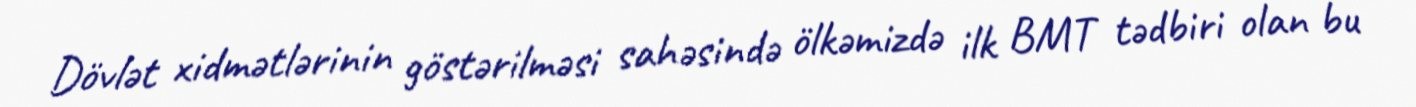
Dövlət xidmətlərinin göstərilməsi sahəsində ölkəmizdə ilk BMT tədbiri olan bu